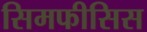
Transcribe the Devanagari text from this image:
सिमफीसिस